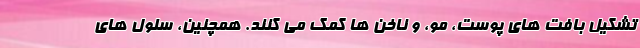
تشکیل بافت های پوست، مو، و ناخن ها کمک می کنند. همچنین، سلول های